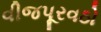
વીજપૂરવઠો